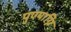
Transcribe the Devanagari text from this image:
पुण्याग्नि